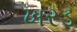
ખરડ